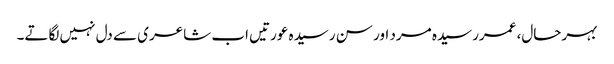
بہرحال، عمررسیدہ مرد اور سن رسیدہ عورتیں اب شاعری سے دل نہیں لگاتے۔